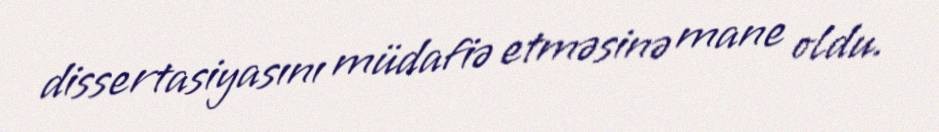
dissertasiyasını müdafiə etməsinə mane oldu.